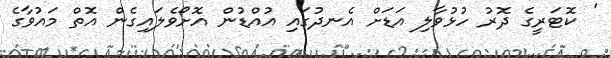
' ކޮޓަރީގެ ދޮރު ހުޅުވާލި އަޑަށް އެނދުގައި އުއްޑުން އޮށޯވެލައިގެން އޮތް މައުވާގެ